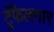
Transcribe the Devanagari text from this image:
ट्रॅफेलगार